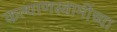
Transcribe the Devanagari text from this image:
कल्याणस्वामींच्या